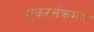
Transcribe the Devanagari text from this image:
मकरसंक्रमण